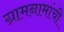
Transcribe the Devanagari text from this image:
ग्रामनामांची